Annual administration report of the Civil Veterinary Department of India - 1898-1899
Year: 1898
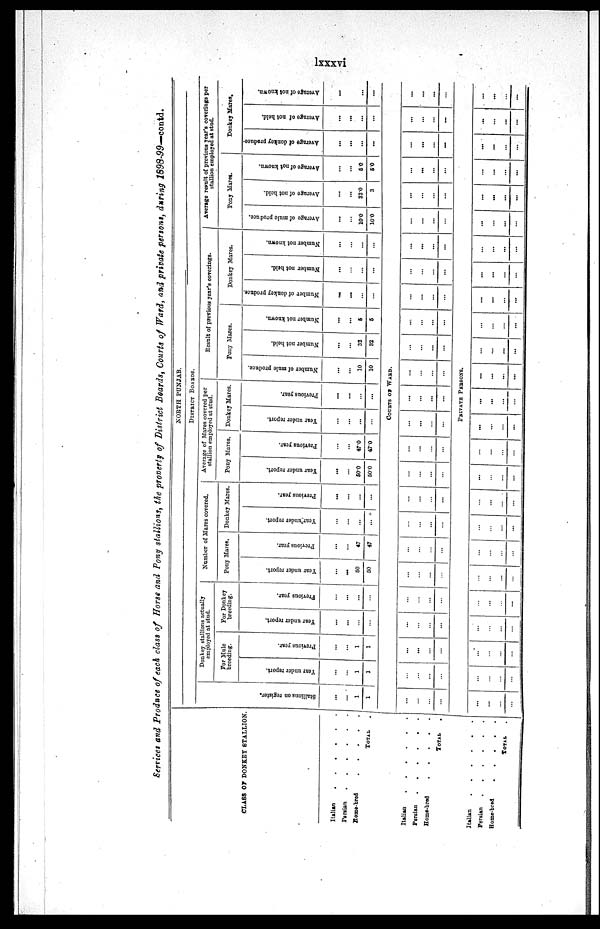
lxxxvi
Services and Produce of each class of Horse and Pony stallions, the property of District Boards, Courts of Ward, and private persons, during 1898-99—contd.
CLASS OF DONKEY STALLION.
Italian
.
.
.
.
.
.
Persian
.
.
.
.
.
.
Home-bred
.
.
.
.
TOTAL .
Italian
.
.
.
.
.
.
Persian
.
.
.
.
.
.
Home-bred
.
.
.
.
.
TOTAL
.
Italian
.
.
.
.
.
.
Persian . . . . . .
Home-bred . . . . .
TOTAL .
NORTH PUNJAB.
DISTRICT BOARDS.
St al l
i
ons on register.
...
...
1
1
Donkey stallions actually
employed at stud.
For Mule
breeding.
Year under report.
...
...
1
1
Previous year.
...
...
1
1
For Donkey
breeding.
Year under report.
...
...
...
...
Previous year.
...
...
...
...
Number of Mares covered.
Pony Mares.
Year under report.
...
...
50
50
Previous year.
...
...
47
47
Donkey Mares.
Year under report.
...
...
...
...
Previous year.
...
...
...
...
Average of Mares covered per
stallion employed at stud.
Pony Mares.
Year under report.
...
...
50.0
50.0
Previous year.
...
...
47.0
47.0
Donkey Mares.
Year under report.
...
...
...
...
Previous year.
...
...
...
...
Result of previous year's coverings.
Pony Mares.
Number of mule produce.
...
...
10
10
Number not held.
...
...
32
32
Number not known.
...
...
5
5
Donkey Mares.
Number of donkey produce.
....
...
...
...
Number
not held.
...
...
...
...
Number not known.
...
...
...
...
Average result of previous year's coverings per
stallion employed at stud.
Pony Mares.
Average of mule produce.
...
...
10.0
10.0
Average of not held.
...
...
32.0
3
Average of not known.
...
...
5.0
5.0
Donkey Mares.
Average of donkey produce.
...
...
...
...
Average of not held.
...
...
...
...
Average of not known.
...
...
...
...
COURTS OF WARD.
...
...
...
...
...
...
...
...
...
...
...
...
...
...
...
...
...
...
...
...
...
...
...
...
...
...
...
...
...
...
...
...
...
...
...
...
...
...
...
...
...
...
...
...
...
...
...
...
...
...
...
...
...
...
...
...
...
...
...
...
...
...
...
...
...
...
...
...
...
...
...
...
...
...
...
...
...
...
...
...
...
...
...
...
...
...
...
...
...
...
...
...
...
...
...
...
...
...
...
...
PRIVATE PERSONS.
...
...
...
...
...
...
...
...
...
...
...
...
...
...
...
...
...
...
...
...
...
...
...
...
...
...
...
...
...
...
...
...
...
...
...
...
...
...
...
...
...
...
...
...
...
...
...
...
...
...
...
...
...
...
...
...
...
...
...
...
...
...
...
...
...
...
...
...
...
...
...
...
...
...
...
...
...
...
...
...
...
...
...
...
...
...
...
...
...
...
...
...
...
...
...
...
....
...
...
...